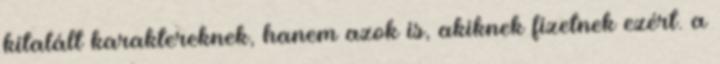
kitalált karaktereknek, hanem azok is, akiknek fizetnek ezért. a